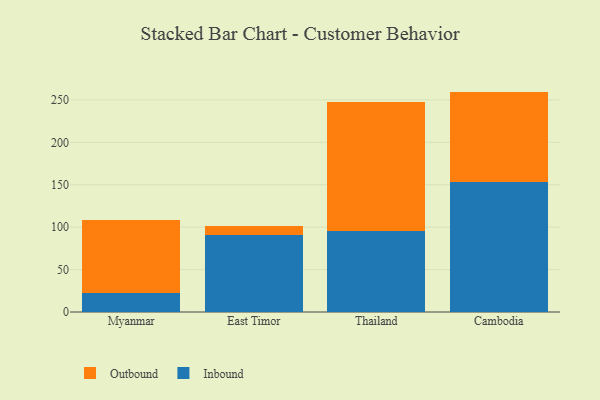
{"axis": {"x": "Country", "y": "Revenue (USD Million)"}, "legend": ["Inbound", "Outbound"], "data": [{"x": "Myanmar", "y": 22.9, "type": "Inbound"}, {"x": "Myanmar", "y": 85.6, "type": "Outbound"}, {"x": "East Timor", "y": 91.0, "type": "Inbound"}, {"x": "East Timor", "y": 10.0, "type": "Outbound"}, {"x": "Thailand", "y": 95.9, "type": "Inbound"}, {"x": "Thailand", "y": 151.6, "type": "Outbound"}, {"x": "Cambodia", "y": 153.7, "type": "Inbound"}, {"x": "Cambodia", "y": 106.1, "type": "Outbound"}]}